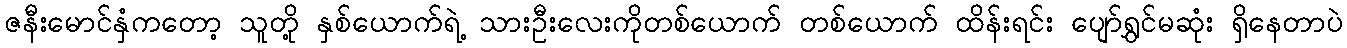
ဇနီးမောင်နှံကတော့ သူတို့ နှစ်ယောက်ရဲ့ သားဦးလေးကိုတစ်ယောက် တစ်ယောက် ထိန်းရင်း ပျော်ရွှင်မဆုံး ရှိနေတာပဲ